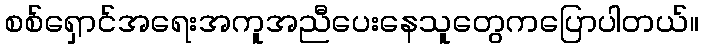
စစ်ရှောင်အရေးအကူအညီပေးနေသူတွေကပြောပါတယ်။